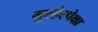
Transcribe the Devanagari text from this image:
मुल्हेरपेक्षा